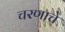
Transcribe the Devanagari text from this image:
चरणाचे